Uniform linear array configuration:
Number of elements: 4
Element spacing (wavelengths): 1
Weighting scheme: cosine
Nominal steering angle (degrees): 15
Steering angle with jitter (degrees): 15.362
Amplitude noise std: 0.05
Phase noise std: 0.05

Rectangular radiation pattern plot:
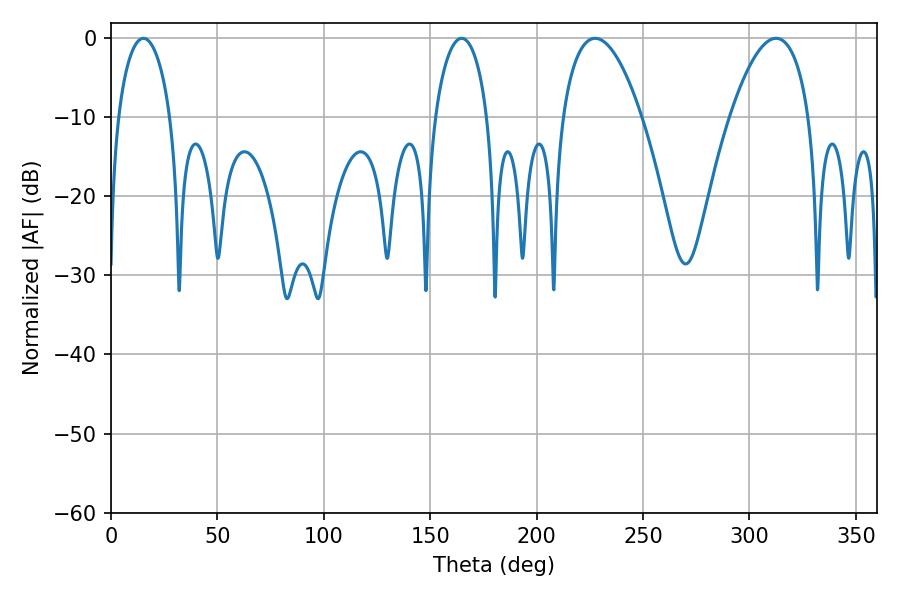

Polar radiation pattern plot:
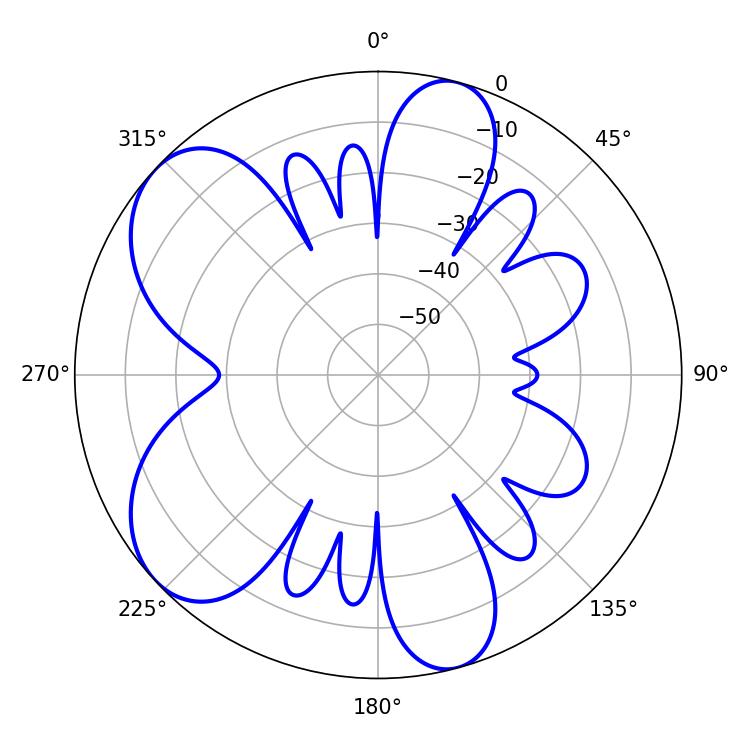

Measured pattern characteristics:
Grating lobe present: TRUE
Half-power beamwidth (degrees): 20.7
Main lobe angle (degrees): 227.52